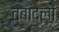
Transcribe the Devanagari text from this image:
तबादलों